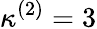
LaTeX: \kappa^{(2)}=3